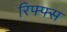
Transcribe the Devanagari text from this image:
रिफ्फ्स